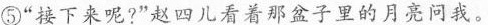
⑤”接下来呢?”赵四儿看着那盆子里的月亮问我。